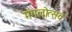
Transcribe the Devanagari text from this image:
मंगलोत्सव